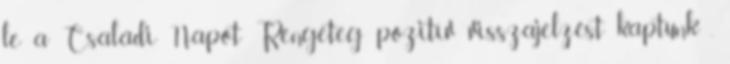
le a Családi Napot Rengeteg pozitív visszajelzést kaptunk ,